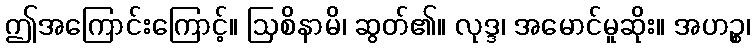
ဤအကြောင်းကြောင့်။ ဩစိနာမိ၊ ဆွတ်၏။ လုဒ္ဒ၊ အမောင်မူဆိုး။ အဟဉ္စ၊